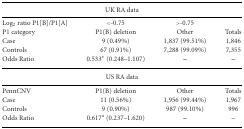
<table><thead><tr><td colspan="4"><b>UK RA data</b></td></tr></thead><tbody><tr><td>Log<sub>2</sub> ratio P1[B]/P1[A]</td><td>&lt;−0.75</td><td>&gt;−0.75</td><td></td></tr><tr><td>P1 category</td><td>P1(B) deletion</td><td>Other</td><td>Totals</td></tr><tr><td>Case</td><td>9 (0.49%)</td><td>1,837 (99.51%)</td><td>1,846</td></tr><tr><td>Controls</td><td>67 (0.91%)</td><td>7,288 (99.09%)</td><td>7,355</td></tr><tr><td>Odds Ratio</td><td>0.533<sup>*</sup> (0.248–1.107)</td><td><b>–</b></td><td><b>–</b></td></tr><tr><td colspan="4"><b>US RA data</b></td></tr><tr><td>PennCNV</td><td>P1(B) deletion</td><td>Other</td><td>Totals</td></tr><tr><td>Case</td><td>11 (0.56%)</td><td>1,956 (99.44%)</td><td>1,967</td></tr><tr><td>Controls</td><td>9 (0.90%)</td><td>987 (99.10%)</td><td>996</td></tr><tr><td>Odds Ratio</td><td>0.617a (0.237–1.620)</td><td><b>–</b></td><td>–</td></tr></tbody></table>